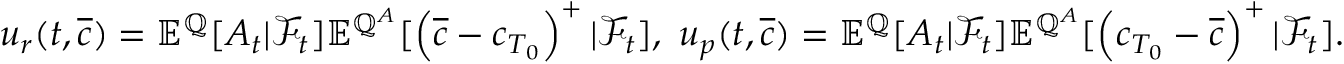
\begin{array} { r } { u _ { r } ( t , \overline { { c } } ) = { \mathbb E } ^ { { \mathbb Q } } [ A _ { t } | { \mathcal F } _ { t } ] { \mathbb E } ^ { { \mathbb Q } ^ { A } } [ \left( \overline { { c } } - c _ { T _ { 0 } } \right) ^ { + } | { \mathcal F } _ { t } ] , \ u _ { p } ( t , \overline { { c } } ) = { \mathbb E } ^ { { \mathbb Q } } [ A _ { t } | { \mathcal F } _ { t } ] { \mathbb E } ^ { { \mathbb Q } ^ { A } } [ \left( c _ { T _ { 0 } } - \overline { { c } } \right) ^ { + } | { \mathcal F } _ { t } ] . } \end{array}